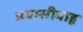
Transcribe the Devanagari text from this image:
प्रवासीवाहू